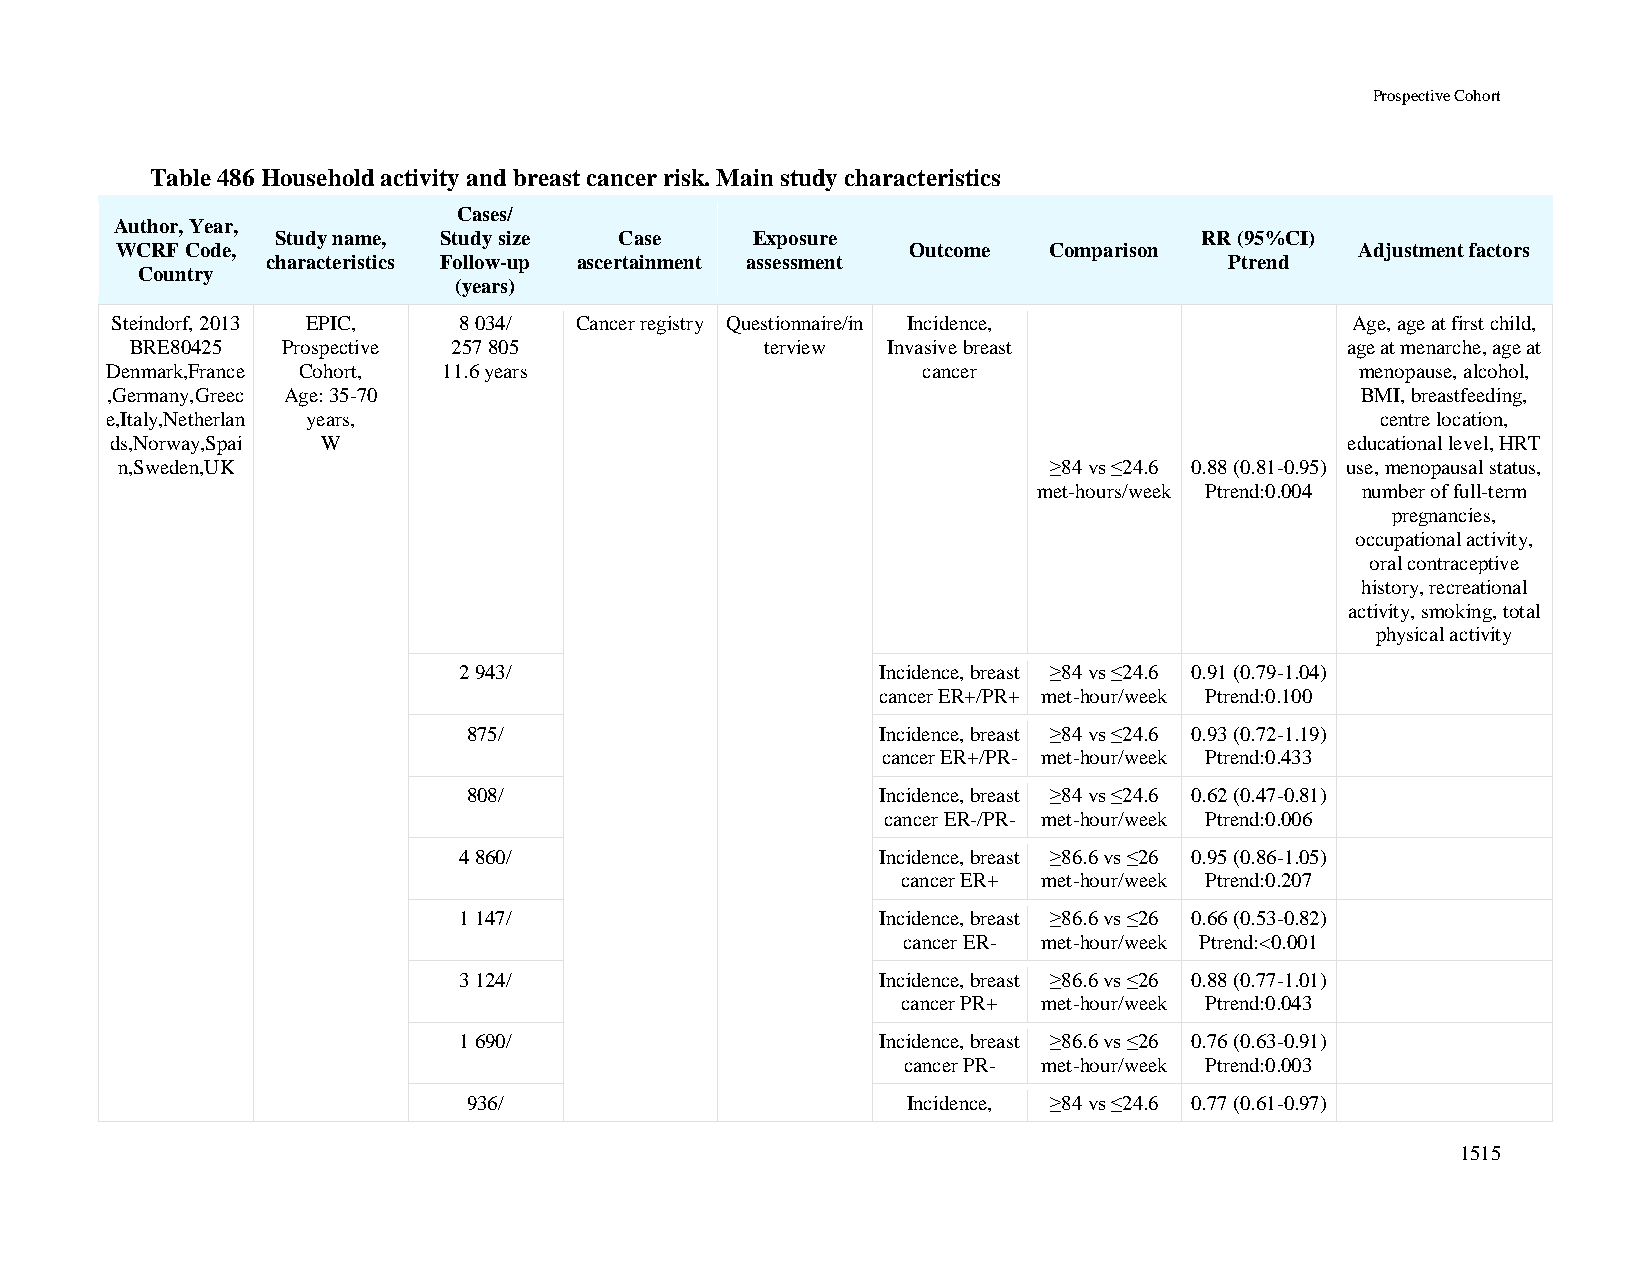
Prospective Cohort
 Table 486 Household activity and breast cancer risk. Main study characteristics
 Cases/
 Author, Year,
 Study name, Study size Case     Exposure                     RR (95%CI)
 WCRF Code,                                          Outcome  Comparison           Adjustment factors
 characteristics Follow-up ascertainment assessment             Ptrend
 Country
 (years)
 Steindorf, 2013 EPIC,  8 034/  Cancer registry Questionnaire/in Incidence,        Age, age at first child,
 BRE80425  Prospective 257 805             terview Invasive breast               age at menarche, age at
 Denmark,France Cohort, 11.6 years                     cancer                       menopause, alcohol,
 ,Germany,Greec Age: 35-70                                                          BMI, breastfeeding,
 e,Italy,Netherlan years,                                                            centre location,
 ds,Norway,Spai W                                                                  educational level, HRT
 n,Sweden,UK                                                  ≥84 vs ≤24.6 0.88 (0.81-0.95) use, menopausal status,
 met-hours/week Ptrend:0.004 number of full-term
 pregnancies,
 occupational activity,
 oral contraceptive
 history, recreational
 activity, smoking, total
 physical activity
 2 943/                      Incidence, breast ≥84 vs ≤24.6 0.91 (0.79-1.04)
 cancer ER+/PR+ met-hour/week Ptrend:0.100
 875/                       Incidence, breast ≥84 vs ≤24.6 0.93 (0.72-1.19)
 cancer ER+/PR- met-hour/week Ptrend:0.433
 808/                       Incidence, breast ≥84 vs ≤24.6 0.62 (0.47-0.81)
 cancer ER-/PR- met-hour/week Ptrend:0.006
 4 860/                      Incidence, breast ≥86.6 vs ≤26 0.95 (0.86-1.05)
 cancer ER+ met-hour/week Ptrend:0.207
 1 147/                      Incidence, breast ≥86.6 vs ≤26 0.66 (0.53-0.82)
 cancer ER- met-hour/week Ptrend:<0.001
 3 124/                      Incidence, breast ≥86.6 vs ≤26 0.88 (0.77-1.01)
 cancer PR+ met-hour/week Ptrend:0.043
 1 690/                      Incidence, breast ≥86.6 vs ≤26 0.76 (0.63-0.91)
 cancer PR- met-hour/week Ptrend:0.003
 936/                         Incidence, ≥84 vs ≤24.6 0.77 (0.61-0.97)
 1515